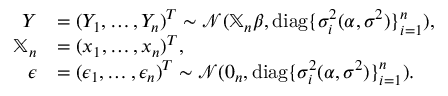
\begin{array} { r l } { \boldsymbol { Y } } & { = ( Y _ { 1 } , \ldots , Y _ { n } ) ^ { T } \sim \mathcal { N } ( \mathbb { X } _ { n } \boldsymbol { \beta } , \mathrm { d i a g } \{ \sigma _ { i } ^ { 2 } ( \boldsymbol { \alpha } , \sigma ^ { 2 } ) \} _ { i = 1 } ^ { n } ) , } \\ { \mathbb { X } _ { n } } & { = ( \boldsymbol { x } _ { 1 } , \ldots , \boldsymbol { x } _ { n } ) ^ { T } , } \\ { \boldsymbol { \epsilon } } & { = ( \epsilon _ { 1 } , \ldots , \epsilon _ { n } ) ^ { T } \sim \mathcal { N } ( \boldsymbol { 0 } _ { n } , \mathrm { d i a g } \{ \sigma _ { i } ^ { 2 } ( \boldsymbol { \alpha } , \sigma ^ { 2 } ) \} _ { i = 1 } ^ { n } ) . } \end{array}